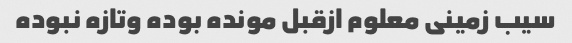
سیب زمینی معلوم ازقبل مونده بوده وتازه نبوده